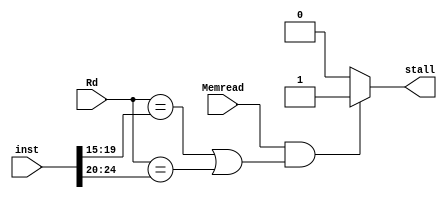
module hazard_detection_unit
  (
    input Memread,
    input [31:0] inst,
    input [4:0] Rd,
    output reg stall
  );
  
  initial
    begin
      stall = 1'b0;
    end
  
  always @(*)
    begin
      if (Memread == 1'b1 && ((Rd == inst[19:15]) || (Rd == inst[24:20])))
        stall = 1'b1;
      else
        stall = 1'b0;
    end
endmodule